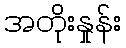
အတိုးနှုန်း